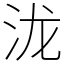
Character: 泷